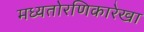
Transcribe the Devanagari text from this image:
मध्यतोरणिकारेखा